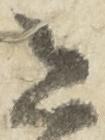
意